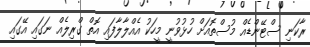
ރާކަނި ސްޓޭންޑެއް މުސްތޮއަށް ހުޅުވުނީ މީހަކު އެއްލާލާފައި އޮތް ގްރިލެއް ނަގައި އޭގައި